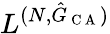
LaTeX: L^{(N,\hat{G}_{\mathrm{~C~A~}})}